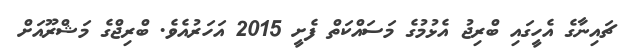
ޗައިނާގެ އެހީގައި ބްރިޖު އެޅުމުގެ މަސައްކަތް ފެށީ 2015 އަހަރުއެވެ. ބްރިޖްގެ މަޝްރޫއަށް